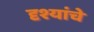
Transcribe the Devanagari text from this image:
दृश्यांचे